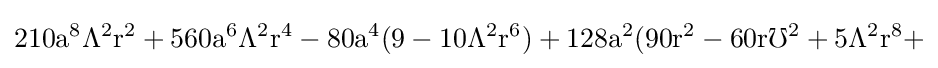
{\rm {210a^{8}\Lambda ^{2}r^{2}+560a^{6}\Lambda ^{2}r^{4}-80a^{4}(9-10\Lambda ^{2}r^{6})+128a^{2}(90r^{2}-60r\mho ^{2}+5\Lambda ^{2}r^{8}+}}